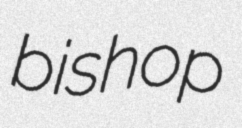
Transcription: bishop